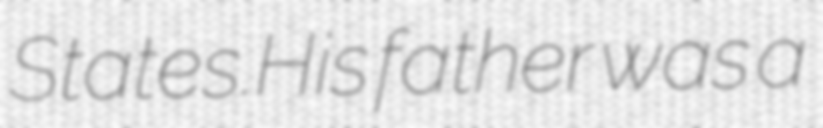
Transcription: States.His father was a